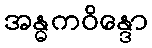
အန္ဓကဝိန္ဒော